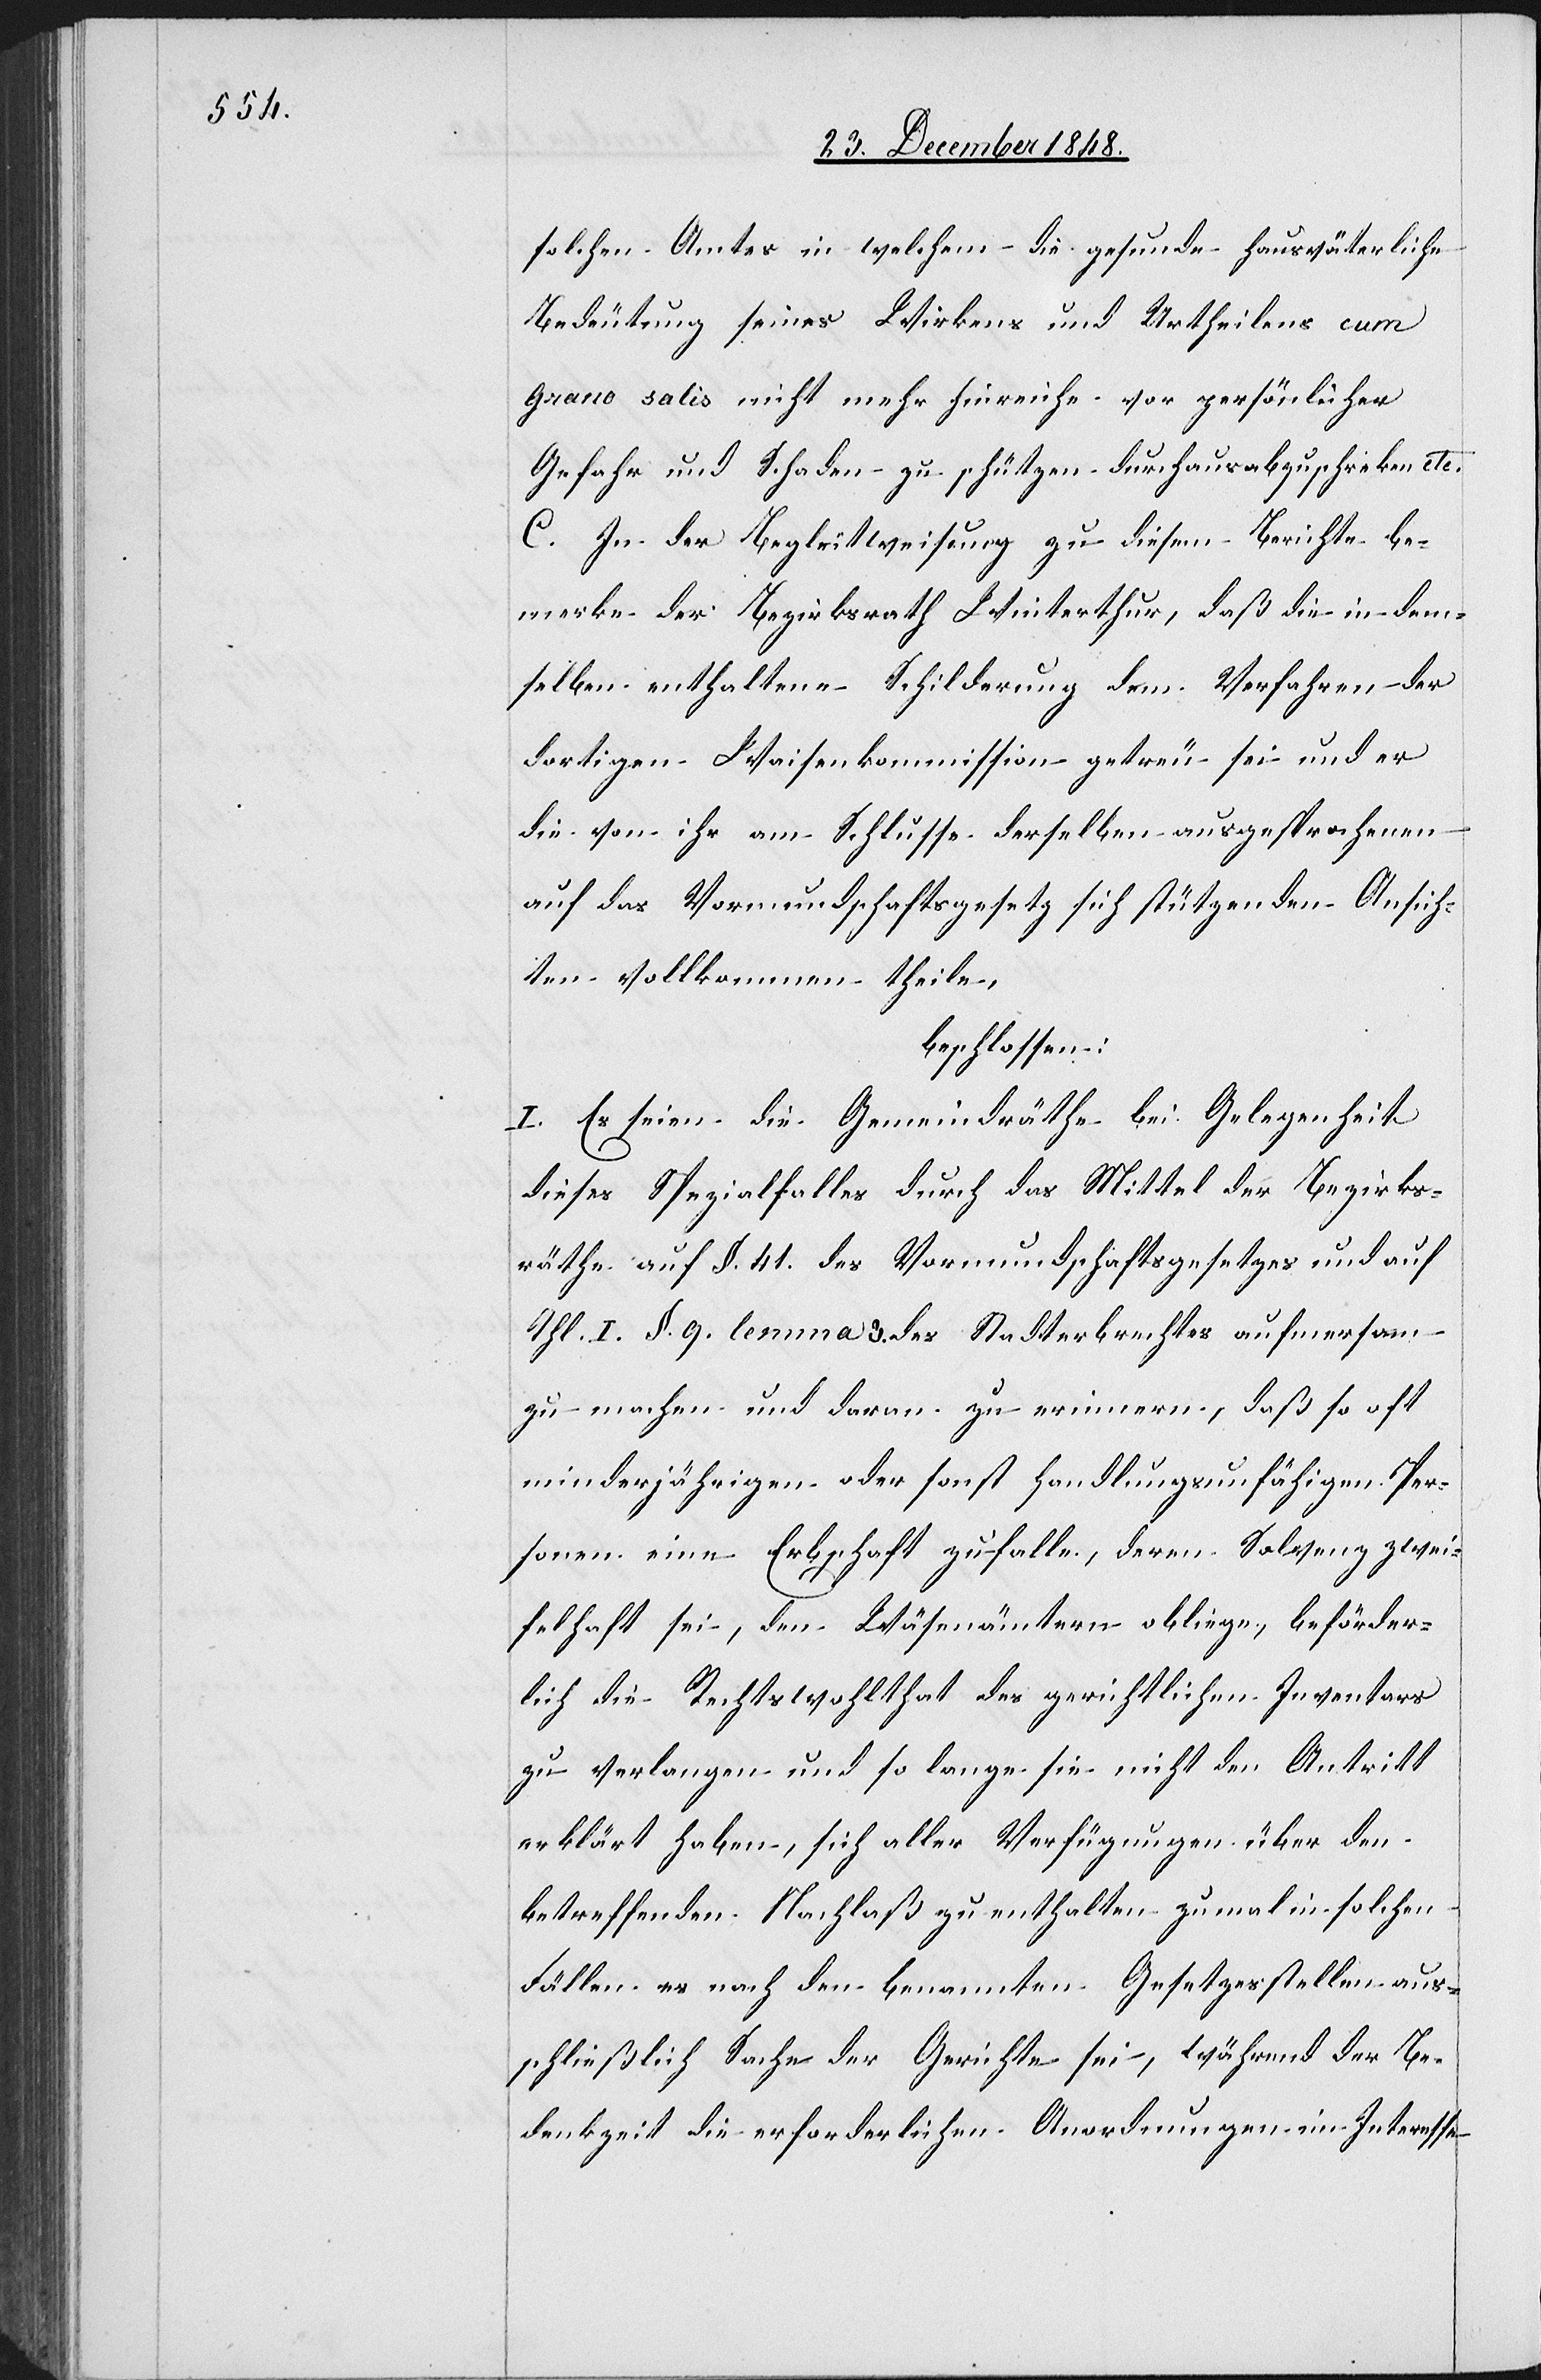
solchen Amtes in welchem die gesunde hausväterliche
Bedeutung seines Wirkens und Urtheilens cum
grano salis nicht mehr hinreiche vor persönlicher
Gefahr und Schaden zu schützen durchaus abzuschre[i]ben etc.
C. In der Begleitweisung zu diesem Berichte be¬
merke der Bezirksrath Winterthur, daß die in dem¬
selben enthaltene Schilderung dem Verfahren der
dortigen Waisenkommission getreu sei und er
die von ihr am Schlusse derselben ausgesprochenen
auf das Vormundschaftsgesetz sich stützenden Ansich¬
ten vollkommen theile,
beschlossen:
I. Es seien die Gemeindräthe bei Gelegenheit
dieses Spezialfalles durch das Mittel der Bezirks¬
räthe auf §. 41. des Vormundschaftsgesetzes und auf
Thl. I. §. 9. lemma 3. des Stadterbrechtes aufmer[k]sam
zu machen und daran zu erinnern, daß so oft
minderjährigen oder sonst handlungsunfähigen Per¬
sonen eine Erbschaft zufalle, deren Solvenz zwei¬
felhaft sei, den Wäsenämtern obliege, beforder¬
lich die Rechtswohlthat des gerichtlichen Inventars
zu verlangen und so lange sie nicht den Antritt
erklärt haben, sich aller Verfügungen über den
betreffenden Nachlaß zu enthalten zumal in solchen
Fällen es nach den benannten Gesetzesstellen aus¬
schließlich Sache der Gerichte sei, während der Be¬
denkzeit die erforderlichen Anordnungen im Interesse